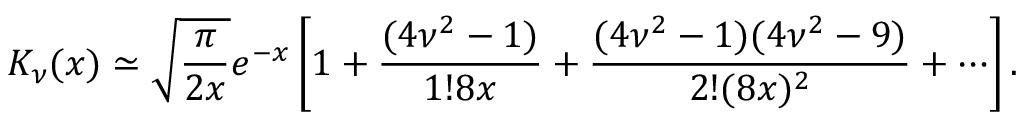
K _ { \nu } ( x ) \simeq \sqrt { \frac { \pi } { 2 x } } e ^ { - x } \left[ 1 + \frac { ( 4 \nu ^ { 2 } - 1 ) } { 1 ! 8 x } + \frac { ( 4 \nu ^ { 2 } - 1 ) ( 4 \nu ^ { 2 } - 9 ) } { 2 ! ( 8 x ) ^ { 2 } } + \cdots \right] .